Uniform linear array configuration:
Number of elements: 4
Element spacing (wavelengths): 1
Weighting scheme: exponential
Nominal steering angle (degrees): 45
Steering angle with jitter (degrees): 43.988
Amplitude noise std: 0.05
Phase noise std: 0.05

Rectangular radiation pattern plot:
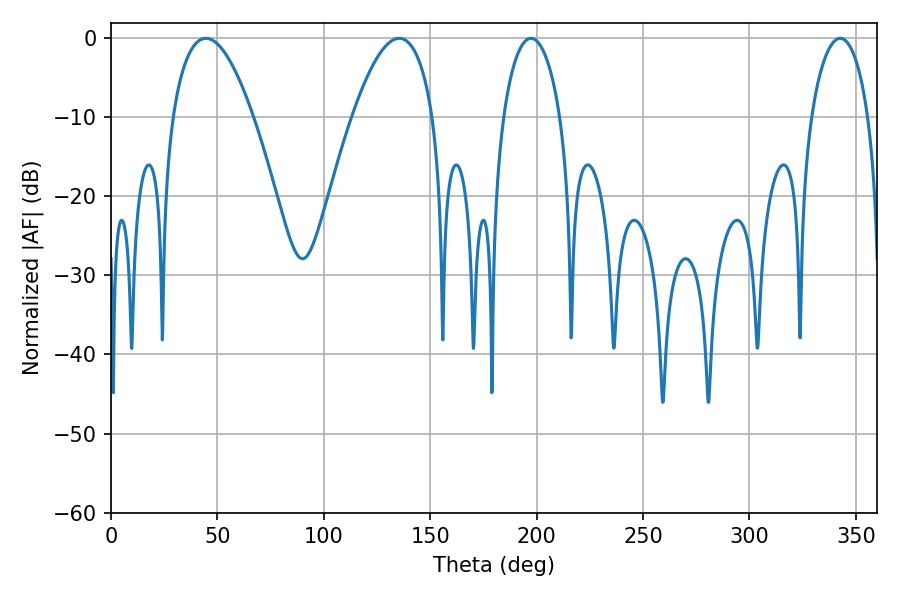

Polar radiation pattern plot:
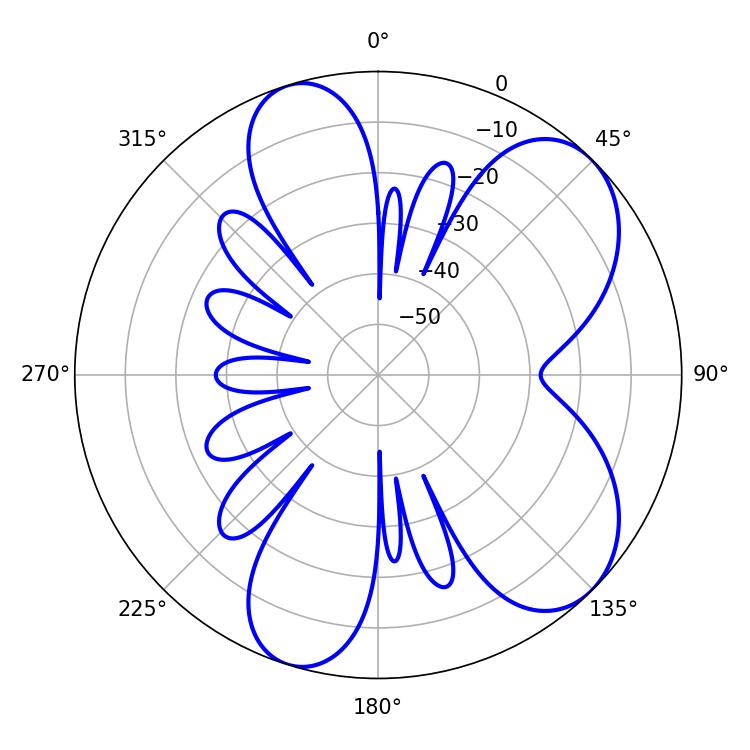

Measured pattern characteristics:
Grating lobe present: TRUE
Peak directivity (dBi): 7.113
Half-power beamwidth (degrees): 21.06
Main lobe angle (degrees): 44.64